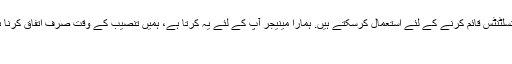
کا جواب: ہم Teamviewer.com سافٹ ویئر آپ کے کمپیوٹر پر اپ کنسلٹنٹس قائم کرنے کے لئے استعمال کرسکتے ہیں. ہمارا مینیجر آپ کے لئے یہ کرتا ہے، ہمیں تنصیب کے وقت صرف اتفاق کرنا ہوگا. اس کے ساتھ آپ اپنے ساتھ کوشش کر سکتے ہیں ہمارے سبق ویڈیو.
سمیں کس اکاؤنٹ کا استعمال کرسکتا ہوں؟